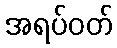
အရပ်ဝတ်